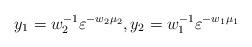
LaTeX: \begin{align*}y_1 = w_2^{-1}\varepsilon^{-w_2 \mu_2},y_2 = w_1^{-1}\varepsilon^{-w_1 \mu_1}\end{align*}